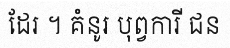
ដែរ ។ គំនូរ បុព្វការី ជន